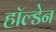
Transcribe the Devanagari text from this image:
हाॅल्डेन